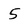
Character: 5